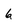
Character: 6